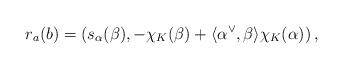
LaTeX: \begin{align*}r_a(b) = \left(s_\alpha(\beta), -\chi_K(\beta) + \langle \alpha^\vee,\beta\rangle \chi_K(\alpha)\right),\end{align*}